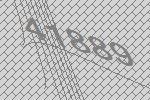
41889